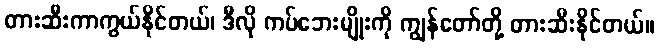
တားဆီးကာကွယ်နိုင်တယ်၊ ဒီလို ကပ်ဘေးမျိုးကို ကျွန်တော်တို့ တားဆီးနိုင်တယ်။